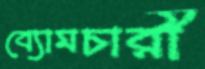
ব্যোমচারী